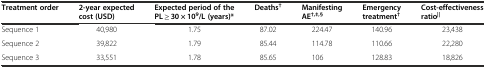
| Treatment order | 2-year expected cost (USD) | Expected period of the PL ≥ 30 × 109/L (years)* | Deaths† | Manifesting AE†,‡,§ | Emergency treatment† | Cost-effectiveness ratio|| |
 | --- | --- | --- | --- | --- | --- | --- |
 | Sequence 1 | 40,980 | 1.75 | 87.02 | 224.47 | 140.96 | 23,438 |
 | Sequence 2 | 39,822 | 1.79 | 85.44 | 114.78 | 110.66 | 22,280 |
 | Sequence 3 | 33,551 | 1.78 | 85.65 | 106 | 128.83 | 18,826 |